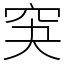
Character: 䆕